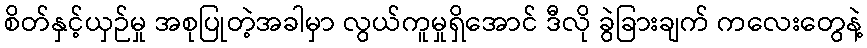
စိတ်နှင့်ယှဉ်မှု အစုပြုတဲ့အခါမှာ လွယ်ကူမှုရှိအောင် ဒီလို ခွဲခြားချက် ကလေးတွေနဲ့